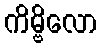
ကိမ္ဗိလော